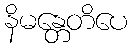
နိမန္တေတိပေ